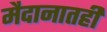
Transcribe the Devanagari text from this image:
मैदानातही